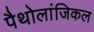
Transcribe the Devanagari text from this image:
पैथोलांजिकल